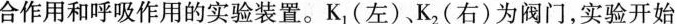
合作用和呼吸作用的实验装置。K_{1|( 左 )、K_{2|( 右 )为阀门，实验开始